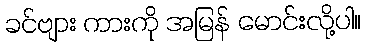
ခင်ဗျား ကားကို အမြန် မောင်းလို့ပါ။